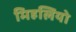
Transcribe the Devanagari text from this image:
मिहलियो